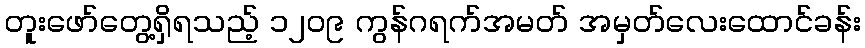
တူးဖော်တွေ့ရှိရသည့် ၁၂၀၉ ကွန်ဂရက်အမတ် အမှတ်လေးထောင်ခန်း